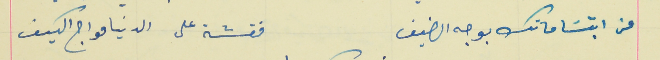
عن ابتسَاماتك بوجه الضيف                                  فقشة على الدنيا مواج الكيف